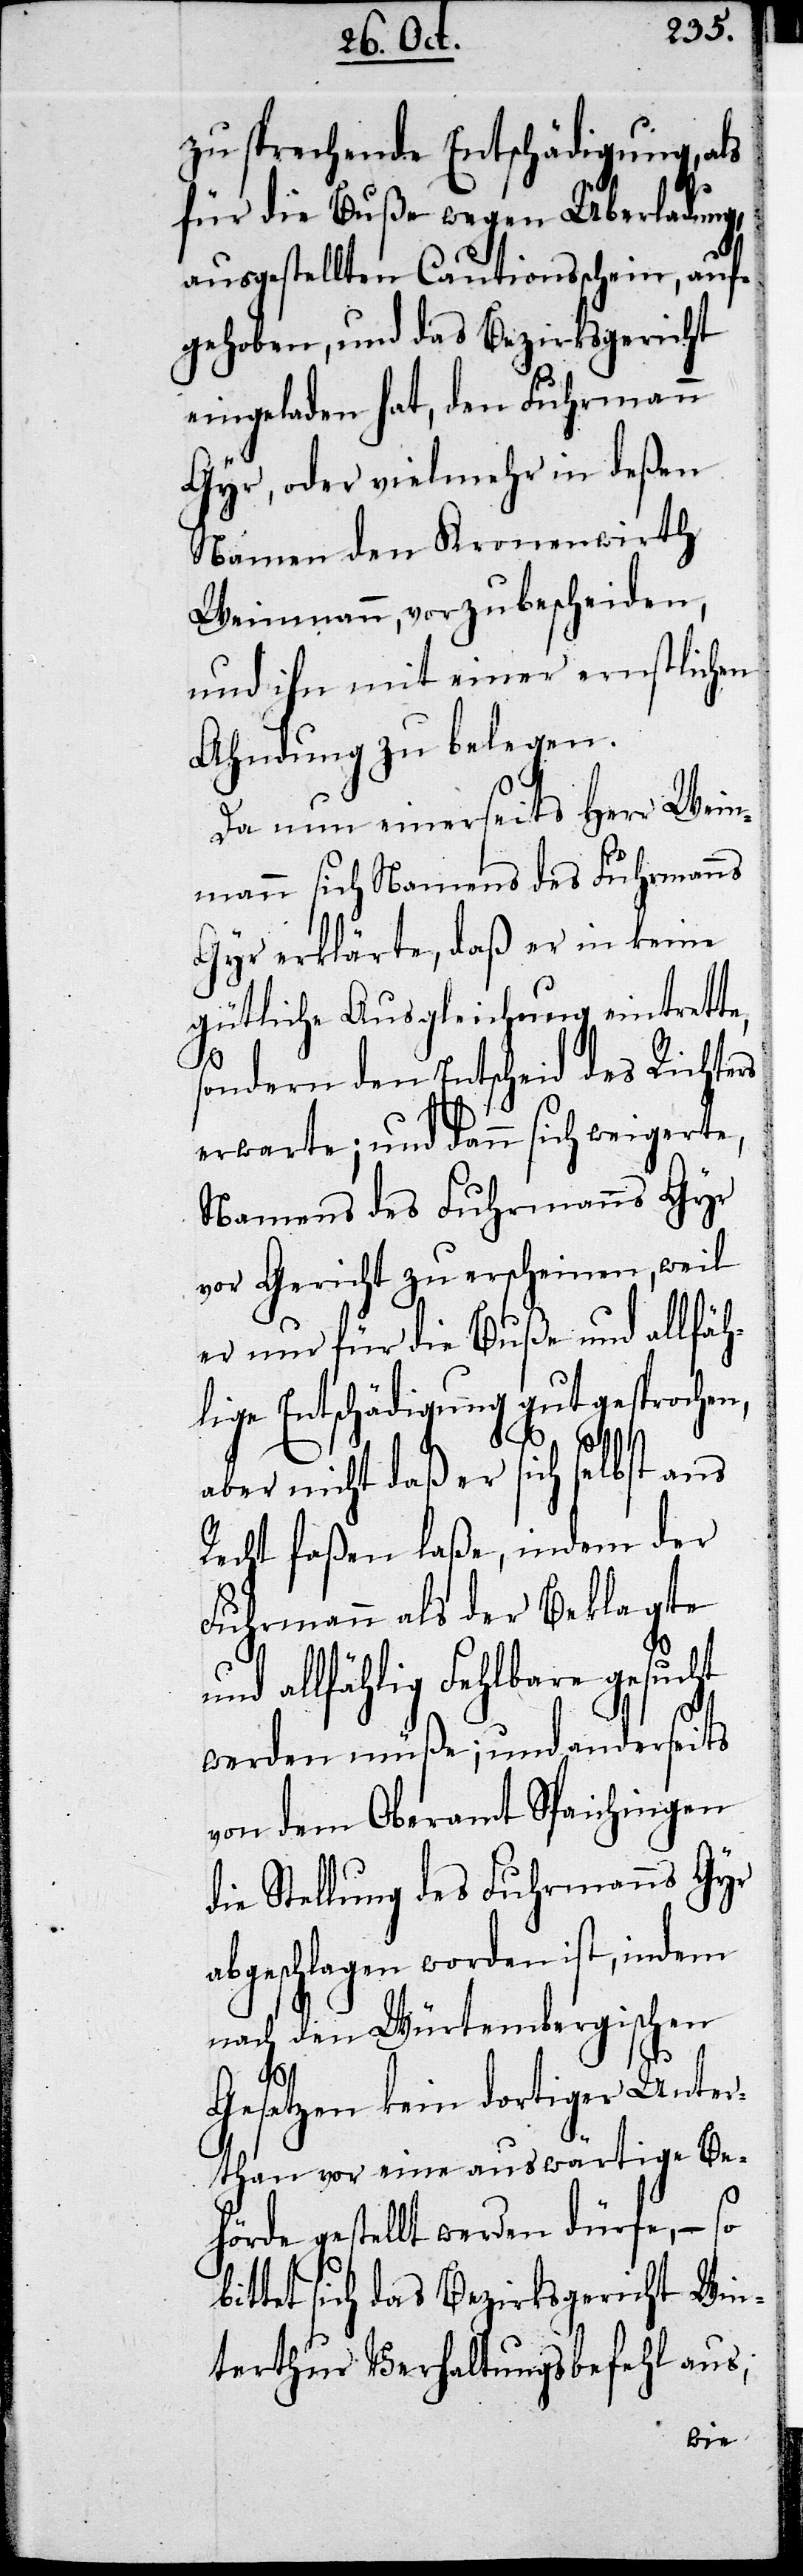
zu sprechende Entschädigung, als
für die Buße wegen Überladung,
ausgestellten Cautionsschein, auf¬
gehoben, und das Bezirksgericht
eingeladen hat, den Fuhrmann
Gyr, oder vielmehr in deßen
Namen den Kronenwirth
Weinmann, vorzubescheiden,
und ihn mit einer ernstlichen
Ahndung zu belegen.
Da nun einerseits der Herr
mann sich Namens des Fuhrmanns
Gyr erklärte, daß er in keine
gütliche Ausgleichung eintrett¬
e,
sondern den Entscheid des Richters
erwarte; und dann sich weigerte,
Namens des Fuhrmanns Gyr
vor Gericht zu erscheinen, weil
er nur für die Buße und allfäh¬
lige Entschädigung gut gesprochen,
aber nicht daß er sich selbst ans
Recht faßen laße, indem der
Fuhrmann als der Beklagte
und allfählig Fehlbare gesucht
werden müße; und anderseits
von dem Oberamt Spaichingen
die Stellung des Fuhrmanns Gyr
abgeschlagen worden ist, indem
nach den Würtembergischen
Gesetzen kein dortiger Unter¬
than vor eine auswärtige Be¬
hörde gestellt werden dürfe, – so
bittet sich das Bezirksgericht Win¬
terthur Verhaltungsbefehl aus,
Wein¬